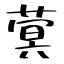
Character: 蓂